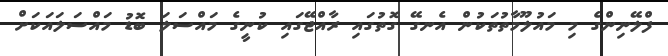
ފްލޭނިންގެ މި މައުލޫމާތުތަކުން އެނގޭ ގޮތުގައި ރާއްޖޭގައި ކުނީގެ މައްސަލަ ބޮޑު މައްސަލައަކަށް